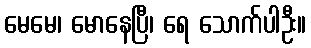
မေမေ၊ မောနေပြီ၊ ရေ သောက်ပါဦး။